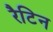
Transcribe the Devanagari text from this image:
रैटिन